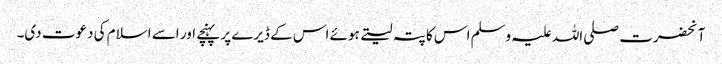
آنحضرت صلی اللہ علیہ وسلم اس کا پتہ لیتے ہوئے اس کے ڈیرے پر پہنچے اور اسے اسلام کی دعوت دی۔